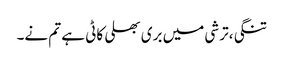
تنگی،ترشی میں بری بھلی کاٹی ہے تم نے۔